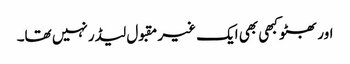
اور بھٹو کبھی بھی ایک غیر مقبول لیڈر نہیں تھا۔